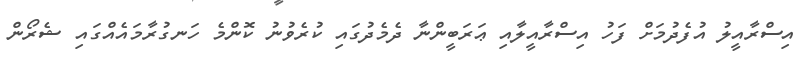
އިސްރާއީލު އުފެދުމަށް ފަހު އިސްރާއީލާއި ޢަރަބީންނާ ދެމެދުގައި ކުރެވުނު ކޮންމެ ހަނގުރާމައެއްގައި ޝެރޯން